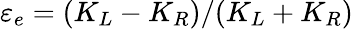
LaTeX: \varepsilon_{e}=(K_{L}-K_{R})/(K_{L}+K_{R})